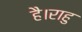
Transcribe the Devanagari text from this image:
है।राहु